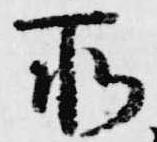
所